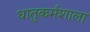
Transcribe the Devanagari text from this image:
धातुकर्मशाला